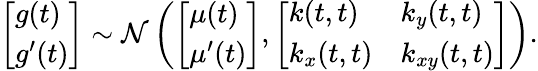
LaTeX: \left[\begin{array}{l}{g(t)}\\ {g^{\prime}(t)}\end{array}\right]\sim\mathcal{N}\left(\left[\begin{array}{l}{\mu(t)}\\ {\mu^{\prime}(t)}\end{array}\right],\left[\begin{array}{ll}{k(t,t)}&{k_{y}(t,t)}\\ {k_{x}(t,t)}&{k_{xy}(t,t)}\end{array}\right]\right).